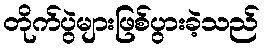
တိုက်ပွဲများဖြစ်ပွားခဲ့သည်